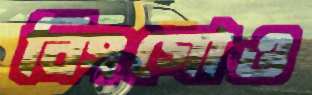
বিংগোও